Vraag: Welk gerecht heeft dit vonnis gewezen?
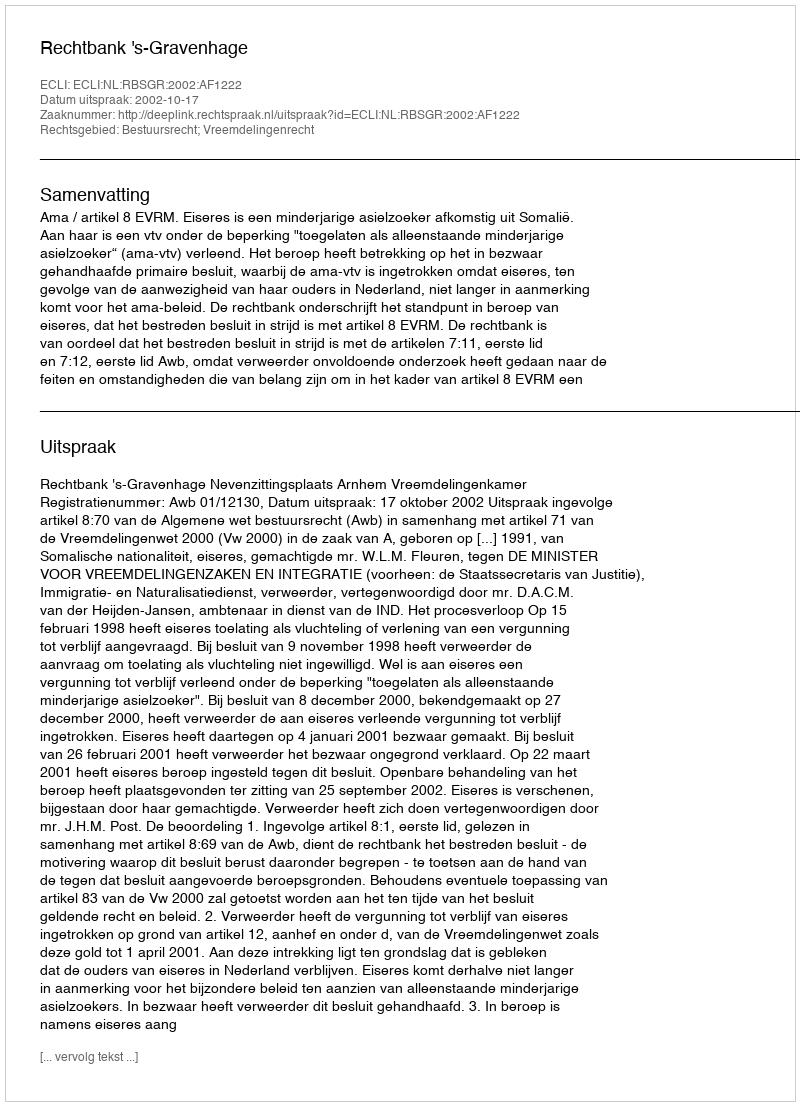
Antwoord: Rechtbank 's-Gravenhage